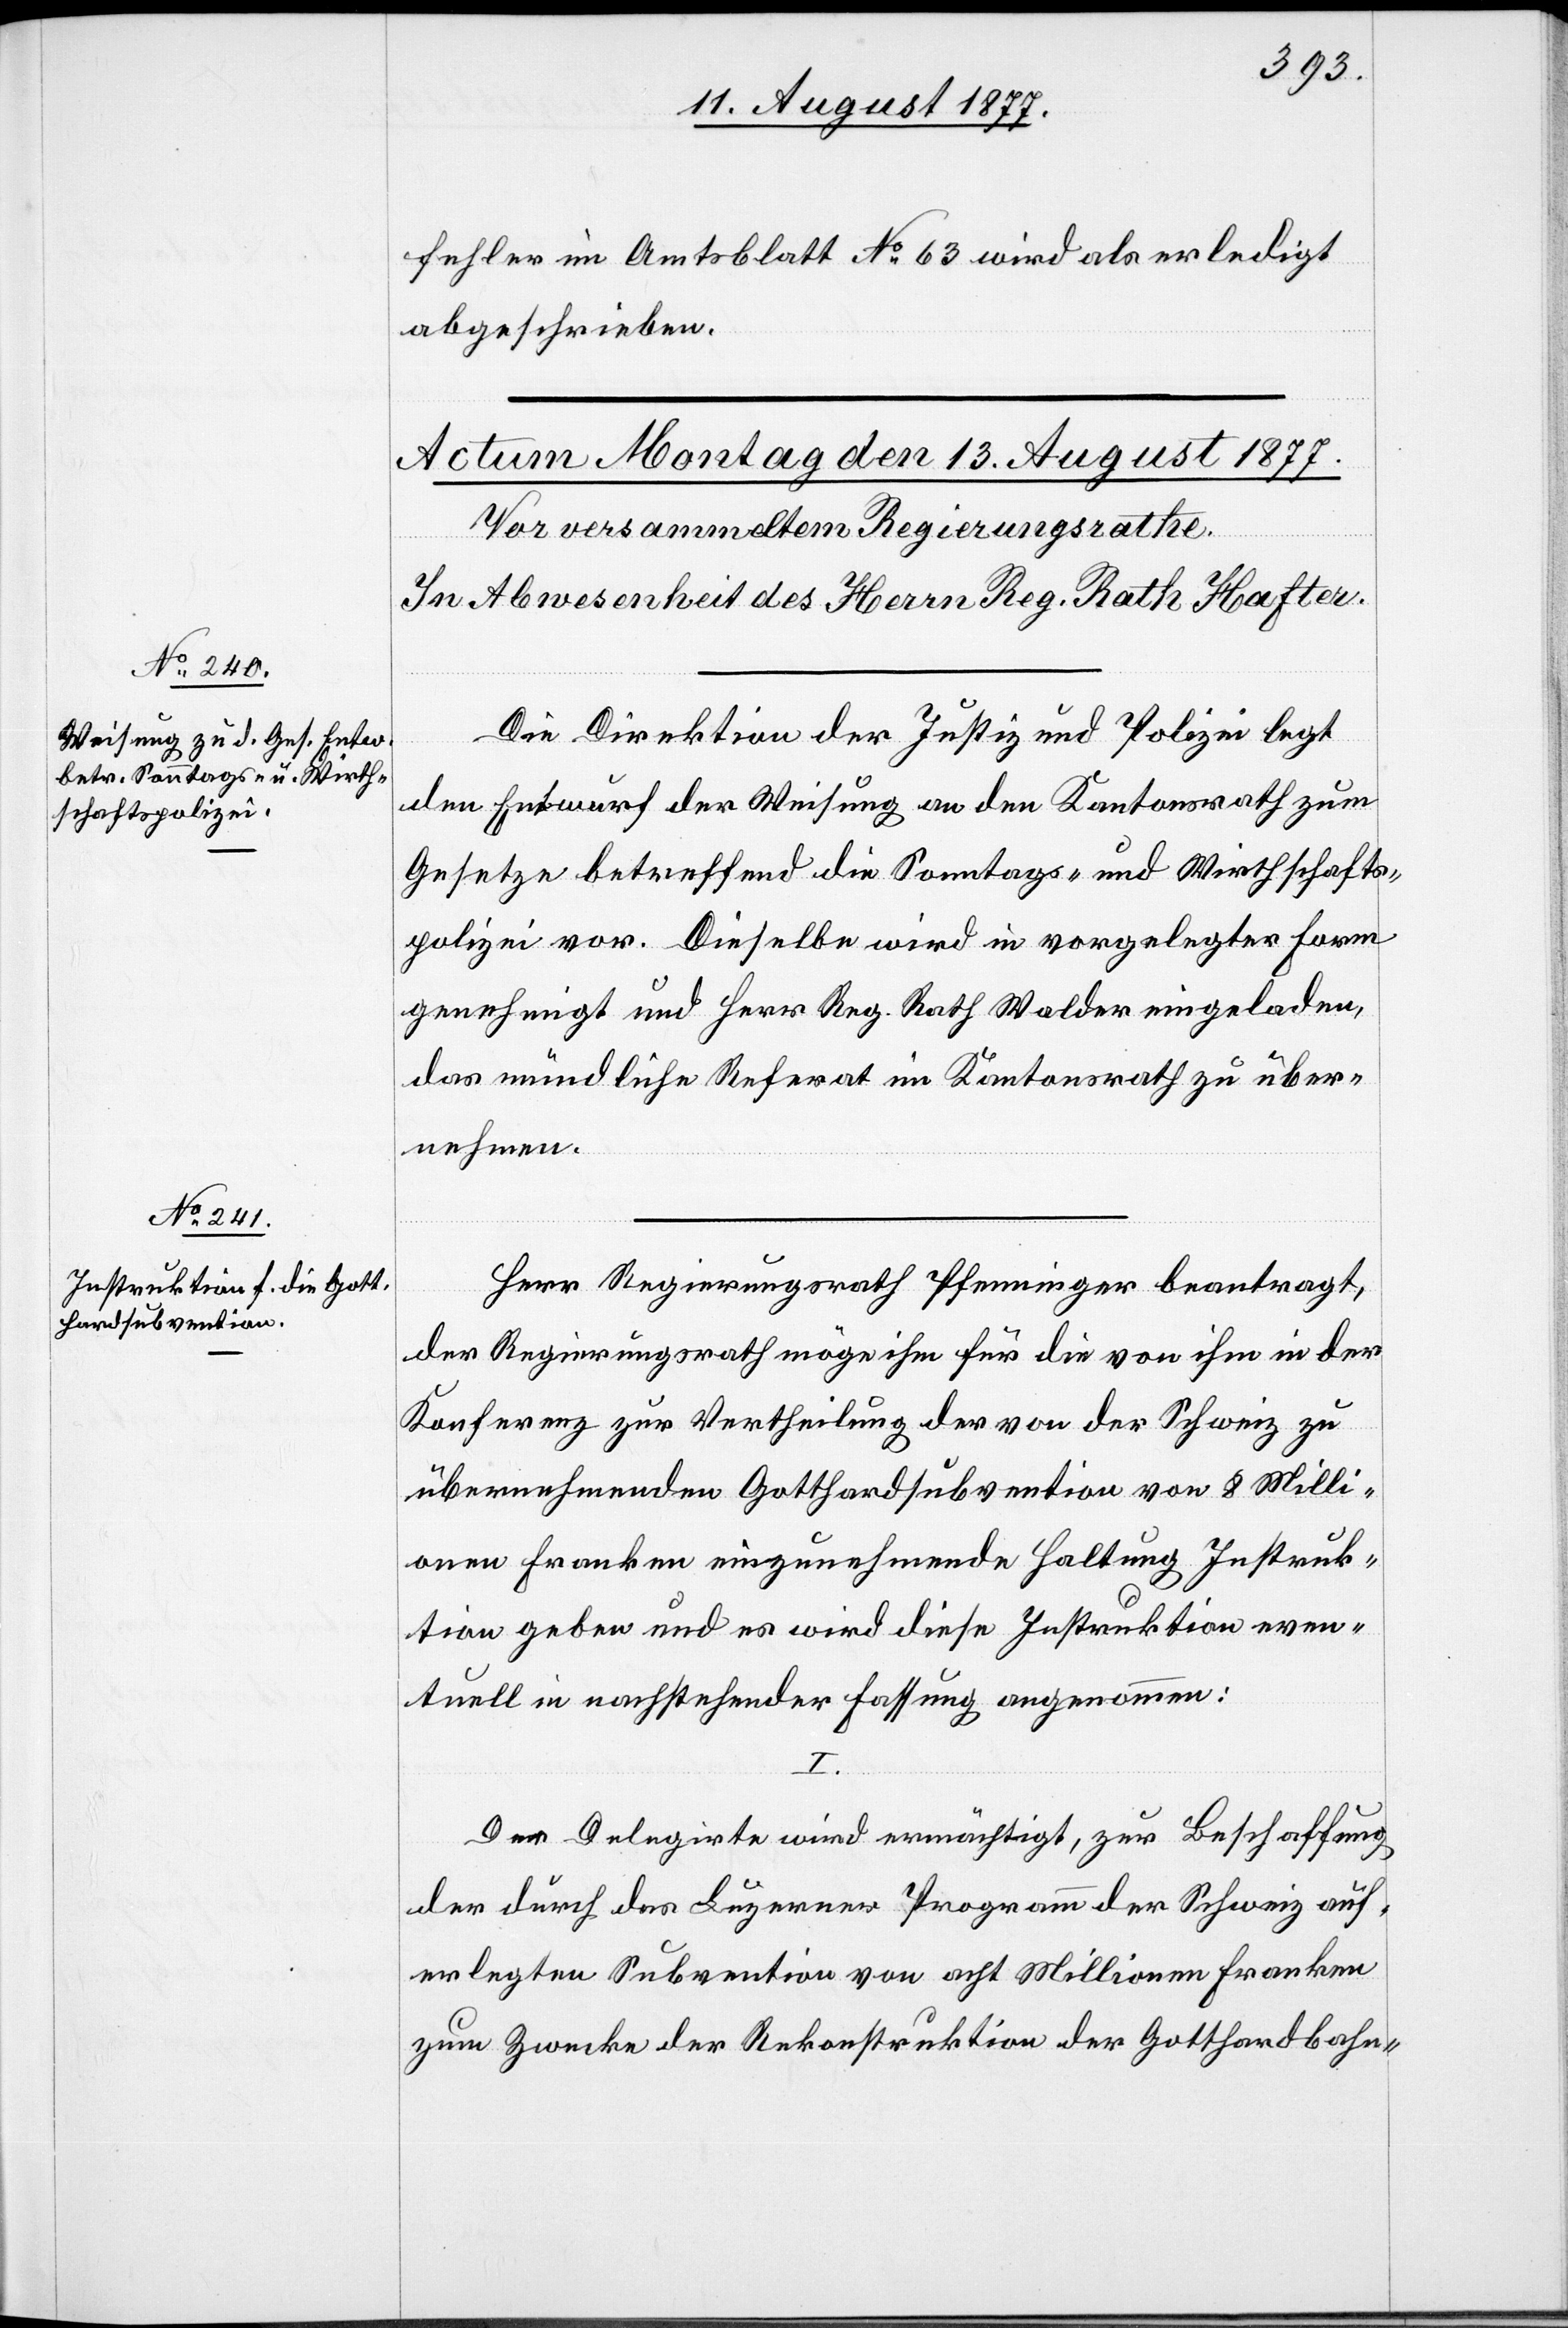
fehler im Amtsblatt No 63 wird als erledigt
abgeschrieben.
Die Direktion der Justiz und Polizei legt
den Entwurf der Weisung an den Kantonsrath zum
Gesetze betreffend die Sonntags- und Wirthschafts¬
polizei vor. Dieselbe wird in vorgelegter Form
genehmigt und Herr Reg. Rath Walder eingeladen,
das mündliche Referat im Kantonsrath zu über¬
nehmen.
Herr Regierungsrath Pfenninger beantragt,
der Regierungsrath möge ihm für die von ihm in der
Konferenz zur Vertheilung der von der Schweiz zu
übernehmenden Gotthardsubvention von 8 Milli¬
onen Franken einzunehmende Haltung Instruk¬
tion geben und es wird diese Instruktion even¬
tuell in nachstehender Fassung angenommen:
I.
Der Delegirte wird ermächtigt, zur Beschaffung
der durch das Luzerner Programm der Schweiz auf¬
erlegten Subvention von acht Millionen Franken
zum Zwecke der Rekonstruktion der Gotthardbahn-